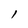
Character: l